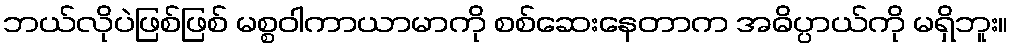
ဘယ်လိုပဲဖြစ်ဖြစ် မစ္စဝါကာယာမာကို စစ်ဆေးနေတာက အဓိပ္ပာယ်ကို မရှိဘူး။